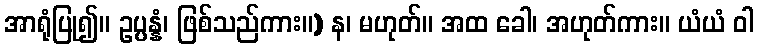
အာရုံပြု၍။ ဥပ္ပန္နံ၊ ဖြစ်သည်ကား။) န၊ မဟုတ်။ အထ ခေါ၊ အဟုတ်ကား။ ယံယံ ဝါ